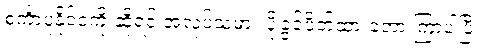
စင်္ကာပူနိုင်ငံကို ဆိုရင် အလုပ်သမား ပို့ခွင့်ပိတ်ထားခဲ့တာ ကြာပါပြီ။